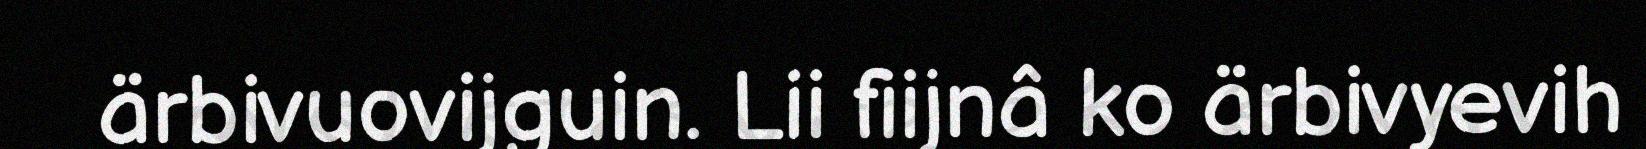
ärbivuovijguin. Lii fiijnâ ko ärbivyevih